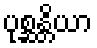
ပုစ္ဆန္တိယာ